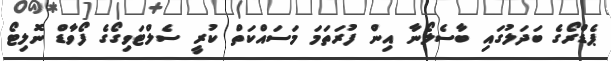
ޕެޑްރޯގެ ބަދަލުގައި ބާސެލޯނާ އިން ފުރަތަމަ މަސައްކަތް ކުރީ ސެލްޓަވިގޯގެ ފޯވާޑް ނޮލިޓޯ